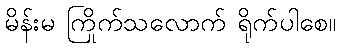
မိန်းမ ကြိုက်သလောက် ရိုက်ပါစေ။